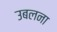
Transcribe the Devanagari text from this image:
उबलना